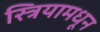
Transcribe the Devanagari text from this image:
स्त्रियामधून